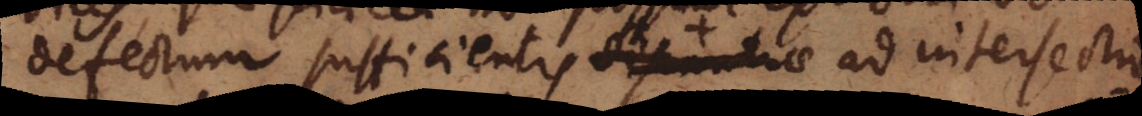
defectum sufficientis _ ad intersectio